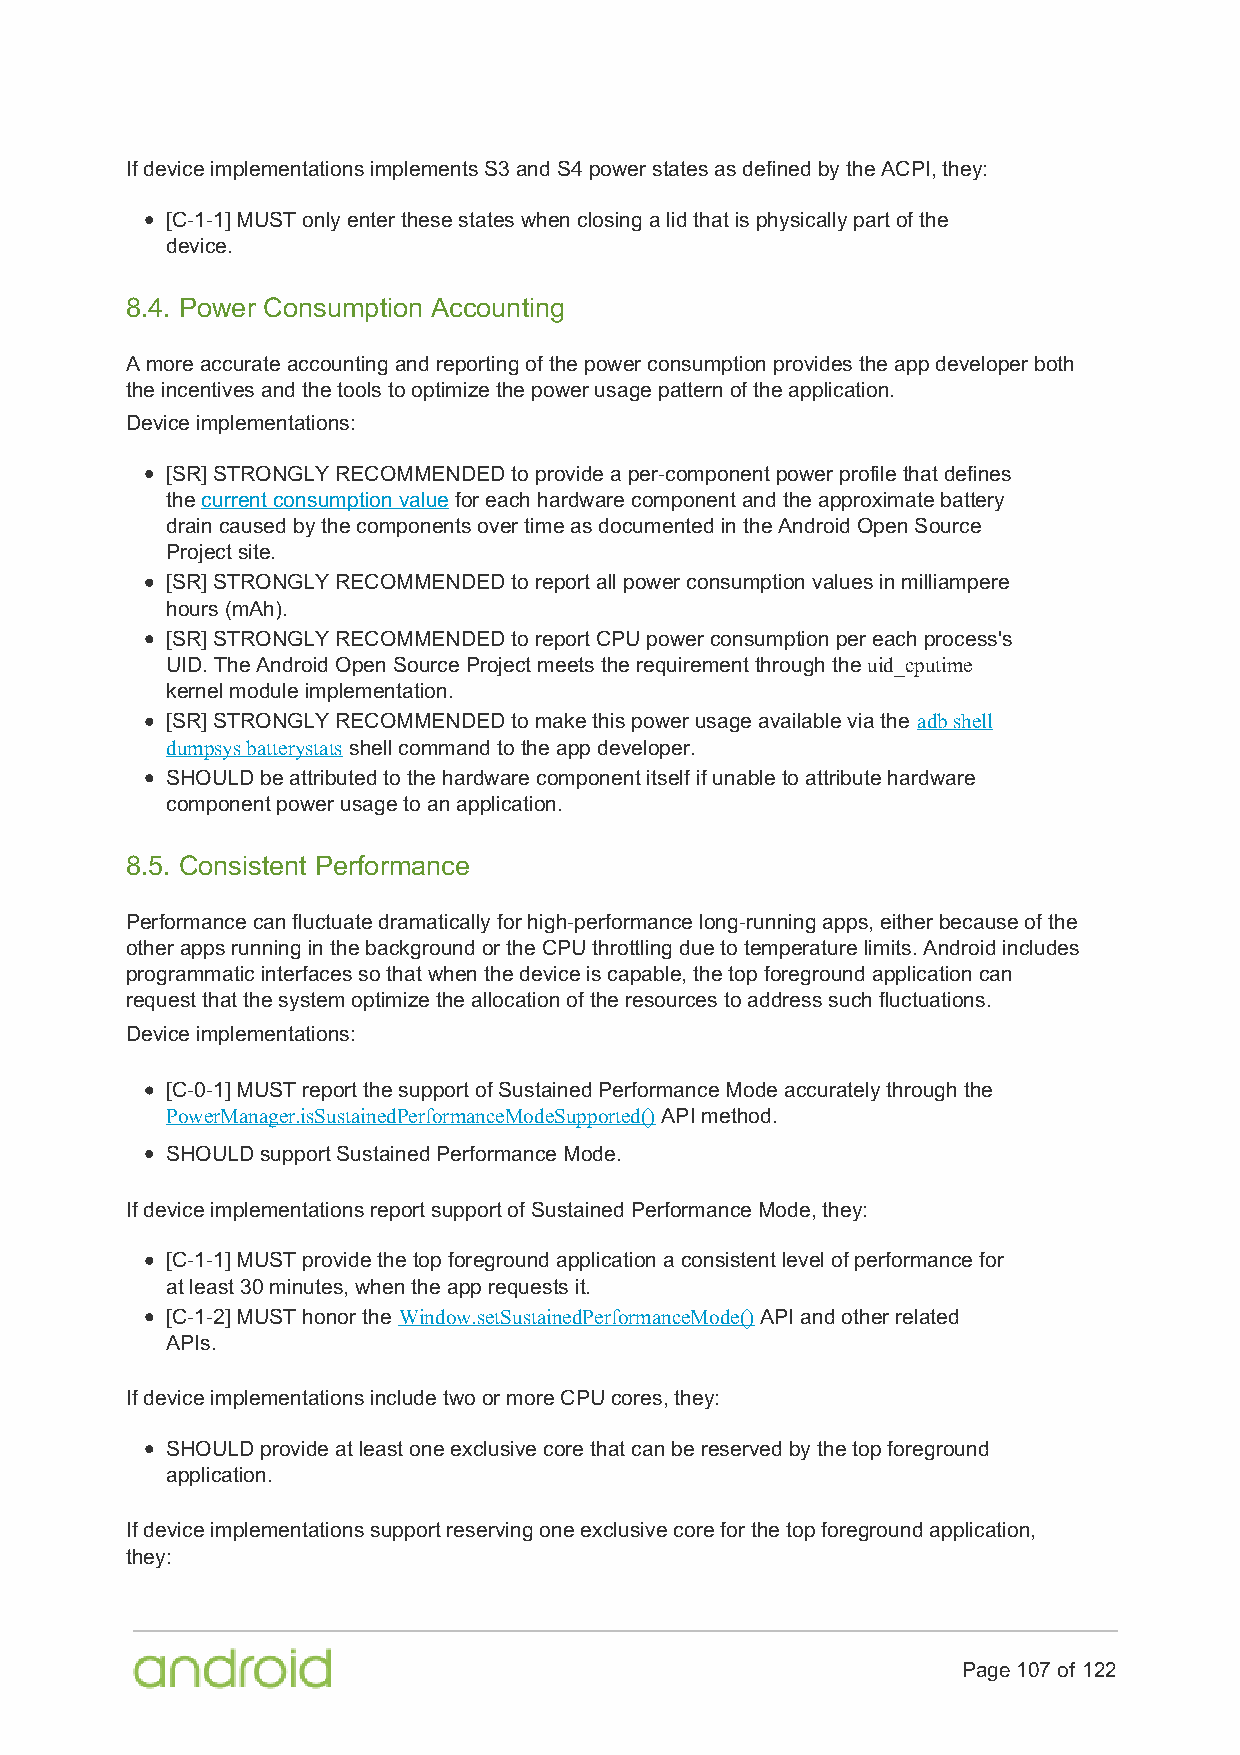
If device implementations implements S3 and S4 power states as defined by the ACPI, they:
 [C-1-1] MUST only enter these states when closing a lid that is physically part of the
 device.
 8.4. Power Consumption Accounting
 A more accurate accounting and reporting of the power consumption provides the app developer both
 the incentives and the tools to optimize the power usage pattern of the application.
 Device implementations:
 [SR] STRONGLY RECOMMENDED to provide a per-component power profile that defines
 the current consumption value for each hardware component and the approximate battery
 drain caused by the components over time as documented in the Android Open Source
 Project site.
 [SR] STRONGLY RECOMMENDED to report all power consumption values in milliampere
 hours (mAh).
 [SR] STRONGLY RECOMMENDED to report CPU power consumption per each process's
 UID. The Android Open Source Project meets the requirement through the uid_cputime
 kernel module implementation.
 [SR] STRONGLY RECOMMENDED to make this power usage available via the adb shell
 dumpsys batterystats shell command to the app developer.
 SHOULD be attributed to the hardware component itself if unable to attribute hardware
 component power usage to an application.
 8.5. Consistent Performance
 Performance can fluctuate dramatically for high-performance long-running apps, either because of the
 other apps running in the background or the CPU throttling due to temperature limits. Android includes
 programmatic interfaces so that when the device is capable, the top foreground application can
 request that the system optimize the allocation of the resources to address such fluctuations.
 Device implementations:
 [C-0-1] MUST report the support of Sustained Performance Mode accurately through the
 PowerManager.isSustainedPerformanceModeSupported() API method.
 SHOULD support Sustained Performance Mode.
 If device implementations report support of Sustained Performance Mode, they:
 [C-1-1] MUST provide the top foreground application a consistent level of performance for
 at least 30 minutes, when the app requests it.
 [C-1-2] MUST honor the Window.setSustainedPerformanceMode() API and other related
 APIs.
 If device implementations include two or more CPU cores, they:
 SHOULD provide at least one exclusive core that can be reserved by the top foreground
 application.
 If device implementations support reserving one exclusive core for the top foreground application,
 they:
 Page 107 of 122